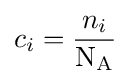
c_{i}={\frac {n_{i}}{\mathrm {N_{A}} }}